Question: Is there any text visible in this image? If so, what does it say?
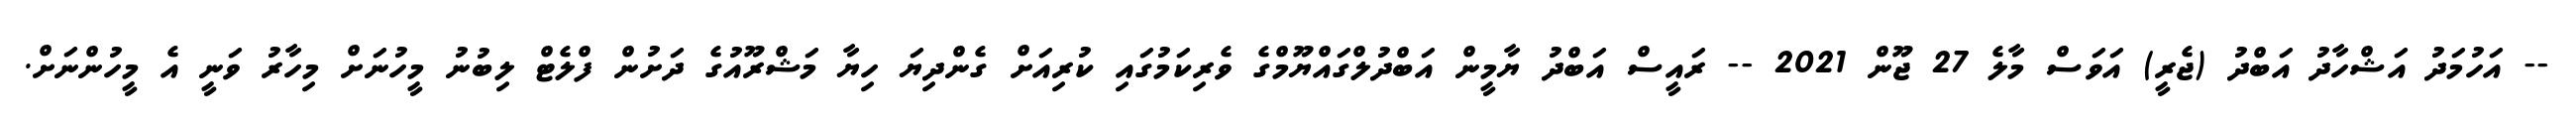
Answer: -- އަހުމަދު އަޝްހާދު އަބްދު (ޖެރީ) އަވަސް މާލެ 27 ޖޫން 2021 -- ރައީސް އަބްދު ޔާމީން އަބްދުލްގައްޔޫމްގެ ވެރިކަމުގައި ކުރިއަށް ގެންދިޔަ ހިޔާ މަޝްރޫއުގެ ދަށުން ފްލެޓް ލިބުނު މީހުނަށް މިހާރު ވަނީ އެ މީހުންނަށް.